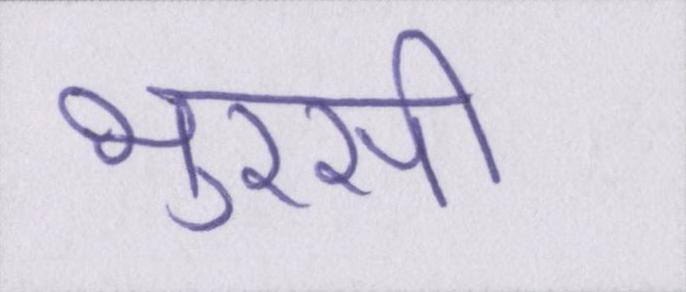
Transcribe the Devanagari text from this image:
भुरसी